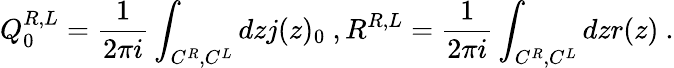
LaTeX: Q_{0}^{R,L}=\frac{1}{2\pi i}\int_{C^{R},C^{L}}dzj(z)_{0}\ ,R^{R,L}=\frac{1}{2\pi i}\int_{C^{R},C^{L}}dzr(z)\ .